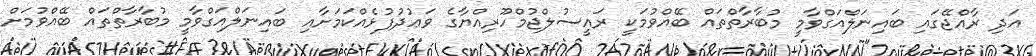
އަދި ރާއްޖޭގައި ބައިނަލްއަގްވާމީ މުބާރާތްތައް ބޭއްވުމަކީ ރައީސުލްޖުމްހޫރިއްޔާގެ ވަޢުދުފުޅެއްކަމަށާއި ބައިނަލްއަގްވާމީ މުބާރާތްތައް ބޭއްވުމަށް